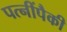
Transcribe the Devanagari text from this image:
पत्‍नींपैकी